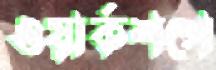
ওয়ার্কশপে